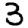
Digit: 3